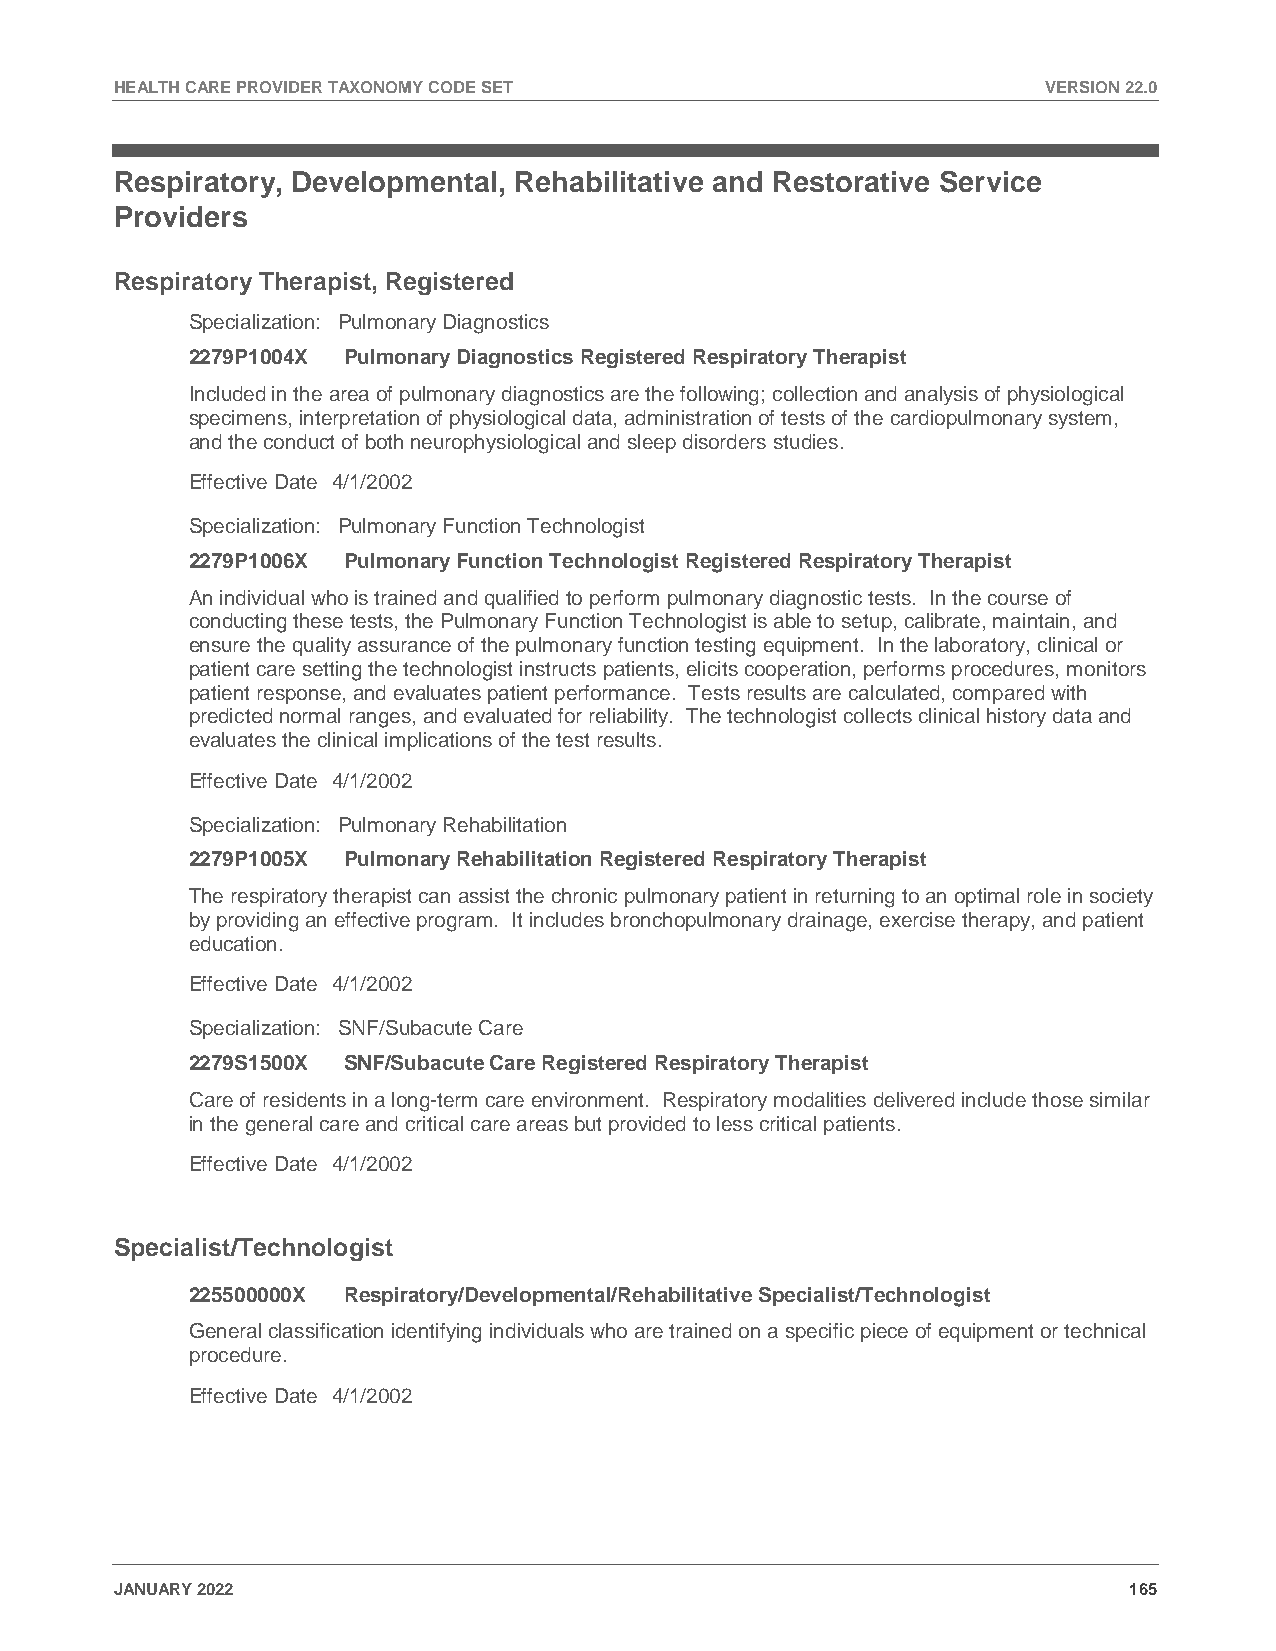
HEALTH CARE PROVIDER TAXONOMY CODE SET                       VERSION 22.0
 Respiratory, Developmental, Rehabilitative and Restorative Service
 Providers
 Respiratory Therapist, Registered
 Specialization: Pulmonary Diagnostics
 2279P1004X Pulmonary Diagnostics Registered Respiratory Therapist
 Included in the area of pulmonary diagnostics are the following; collection and analysis of physiological
 specimens, interpretation of physiological data, administration of tests of the cardiopulmonary system,
 and the conduct of both neurophysiological and sleep disorders studies.
 Effective Date 4/1/2002
 Specialization: Pulmonary Function Technologist
 2279P1006X Pulmonary Function Technologist Registered Respiratory Therapist
 An individual who is trained and qualified to perform pulmonary diagnostic tests. In the course of
 conducting these tests, the Pulmonary Function Technologist is able to setup, calibrate, maintain, and
 ensure the quality assurance of the pulmonary function testing equipment. In the laboratory, clinical or
 patient care setting the technologist instructs patients, elicits cooperation, performs procedures, monitors
 patient response, and evaluates patient performance. Tests results are calculated, compared with
 predicted normal ranges, and evaluated for reliability. The technologist collects clinical history data and
 evaluates the clinical implications of the test results.
 Effective Date 4/1/2002
 Specialization: Pulmonary Rehabilitation
 2279P1005X Pulmonary Rehabilitation Registered Respiratory Therapist
 The respiratory therapist can assist the chronic pulmonary patient in returning to an optimal role in society
 by providing an effective program. It includes bronchopulmonary drainage, exercise therapy, and patient
 education.
 Effective Date 4/1/2002
 Specialization: SNF/Subacute Care
 2279S1500X SNF/Subacute Care Registered Respiratory Therapist
 Care of residents in a long-term care environment. Respiratory modalities delivered include those similar
 in the general care and critical care areas but provided to less critical patients.
 Effective Date 4/1/2002
 Specialist/Technologist
 225500000X Respiratory/Developmental/Rehabilitative Specialist/Technologist
 General classification identifying individuals who are trained on a specific piece of equipment or technical
 procedure.
 Effective Date 4/1/2002
 JANUARY 2022                                                       165